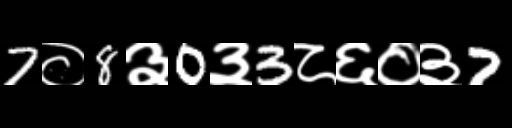
Text: 7०8३0३3८६०३7